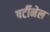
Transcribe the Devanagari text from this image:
बर्टीनेल